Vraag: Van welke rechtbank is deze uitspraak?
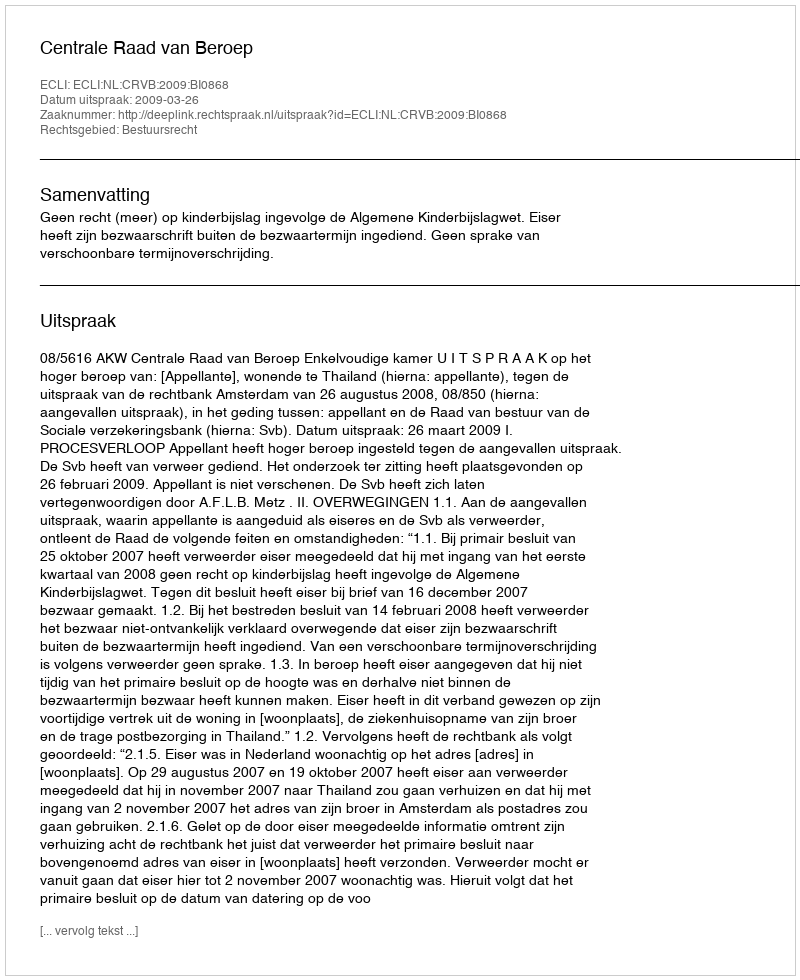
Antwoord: Centrale Raad van Beroep